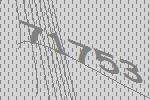
71753